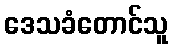
ဒေသခံတောင်သူ